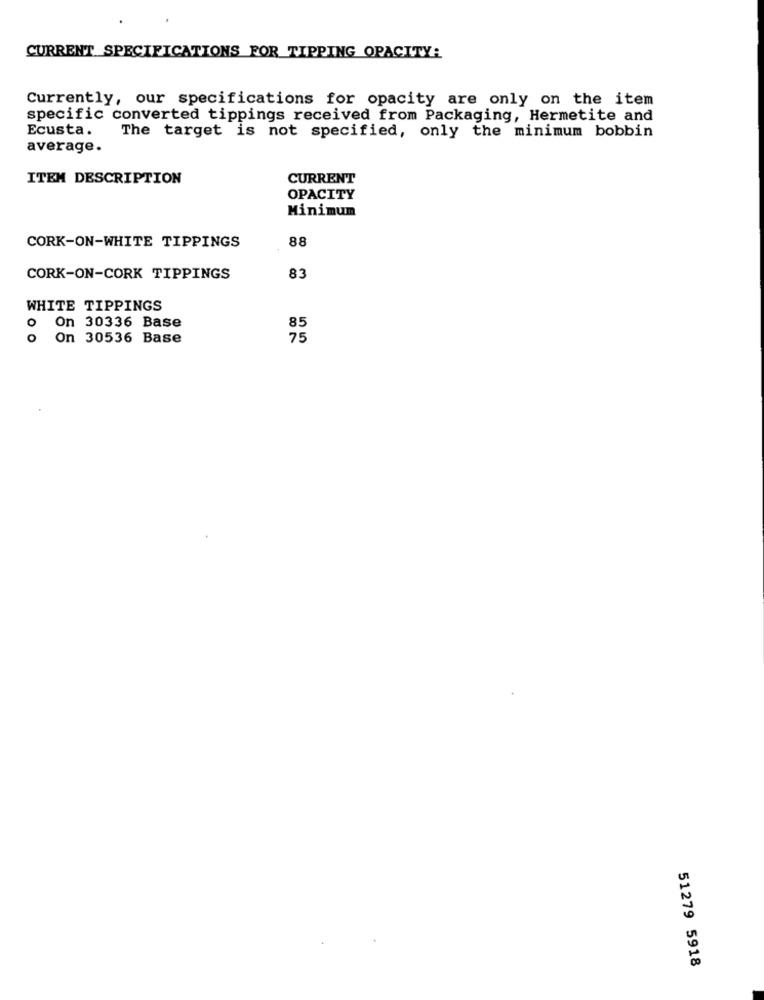
CURRENT SPECIFICATIONS FOR TIPPING OPACITY:
Currently, our specifications for opacity are only on the item
specific converted tippings received from Packaging, Hermetite and
Ecusta.
The target is not specified, only the minimum bobbin
average.
ITEM DESCRIPTION
CURRENT
OPACITY
Minimum
CORK-ON-WHITE TIPPINGS
88
CORK-ON-CORK TIPPINGS
83
WHITE TIPPINGS
o On 30336 Base
85
O
On 30536 Base
75
51279 5918